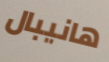
هانيبال